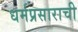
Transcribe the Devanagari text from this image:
धर्मप्रसाराची